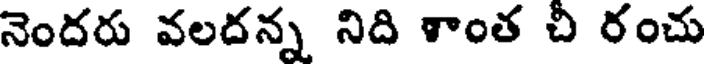
నెందరు వలదన్న నిది శాంత చీ రంచు